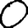
Digit: 0